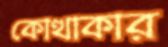
কোত্থাকার